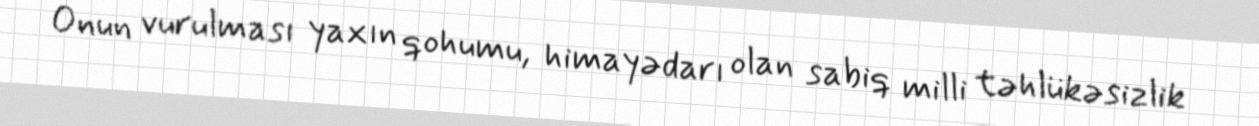
Onun vurulması yaxın qohumu, himayədarı olan sabiq milli təhlükəsizlik